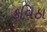
કવિઠા